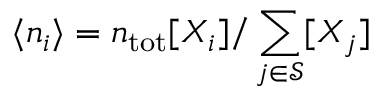
\langle n _ { i } \rangle = n _ { \mathrm { t o t } } [ X _ { i } ] / \sum _ { j \in \mathcal { S } } [ X _ { j } ]